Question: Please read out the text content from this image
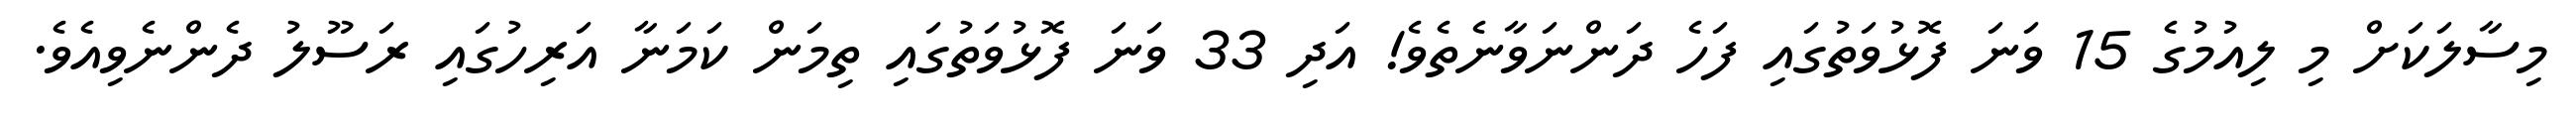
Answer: މިސާލަކަށް މި ލިއުމުގެ 15 ވަނަ ފޮޅުވަތުގައި ފަހެ ދަންނަވާނެތެވެ! އަދި 33 ވަނަ ފޮޅުވަތުގައި ތިމަން ކަމަނާ އަރިހުގައި ރަސޫލު ދެންނެވިއެވެ.